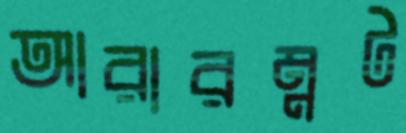
আরারম্নট